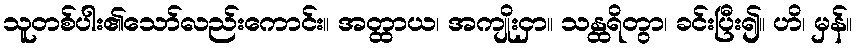
သူတစ်ပါး၏သော်လည်းကောင်း။ အတ္ထာယ၊ အကျိုးငှာ။ သန္ထရိတွာ၊ ခင်းပြီး၍။ ဟိ၊ မှန်။